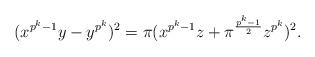
LaTeX: \begin{align*}( x^{p^k-1}y-y^{p^k})^2=\pi( x^{p^k-1}z+\pi^{\frac{p^k-1}{2}}z^{p^k})^2.\end{align*}